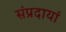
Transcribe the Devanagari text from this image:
संप्रदायां